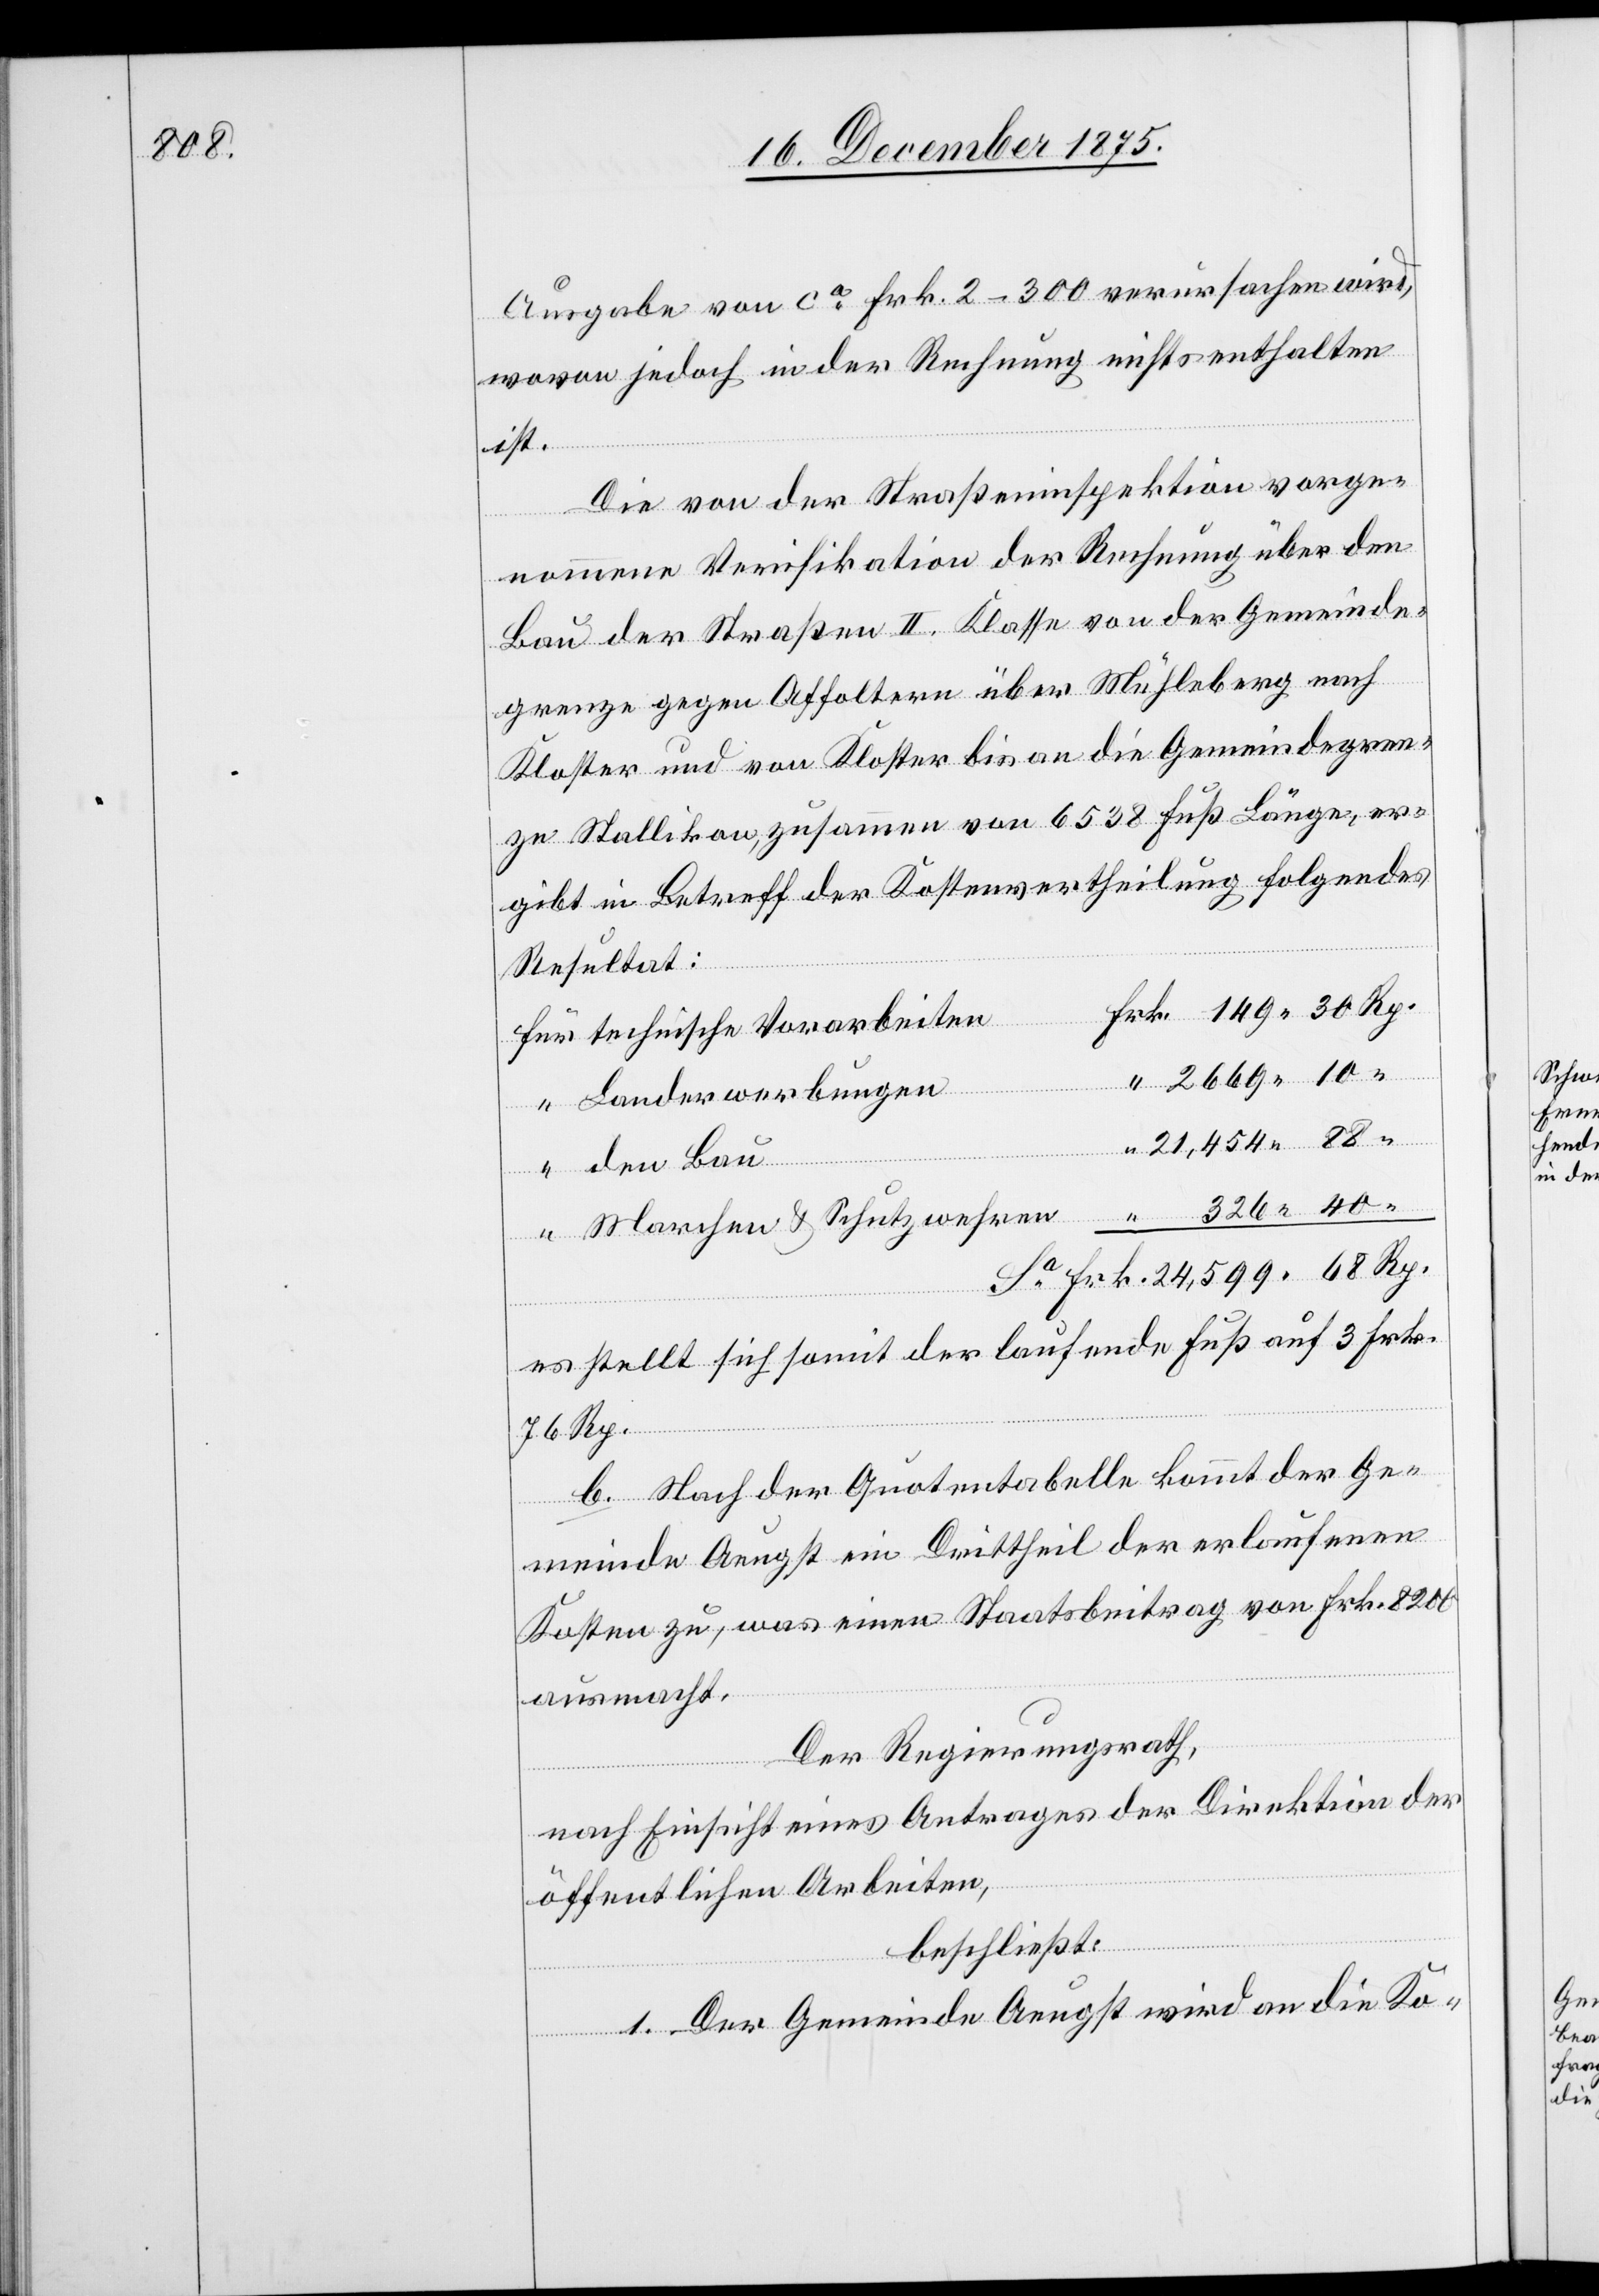
Ausgabe von ca Frk. 2–300 verursachen wird,
wovon jedoch in der Rechnung nichts enthalten
ist.
Die von der Straßeninspektion vorge¬
nommene Verifikation der Rechnung über den
Bau der Straßen II. Klasse von der Gemeinde¬
grenze gegen Affoltern über Mühleberg nach
Kloster und von Kloster bis an die Gemeindegren¬
ze Stallikon, zusammen von 6538 Fuß Länge, er¬
gibt in Betreff der Kostenertheilung folgendes
Resultat:
technische Vorarbeiten
Landerwerbungen
21,454 88
den Bau
Marchen & Schutzwehren
es stellt sich somit der laufende Fuß auf 3 Frk.
76 Rp.
b. Nach der Quotentabelle kommt der Ge¬
meinde Aeugst ein Drittheil der erlaufenen
Kosten zu, was einen Staatsbeitrag von Frk. 8200
ausmacht.
Der Regierungsrath,
nach Einsicht eines Antrages der Direktion der
öffentlichen Arbeiten,
“
beschließt:
1. Der Gemeinde Aeugst wird an die Ko